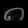
Digit: ၈